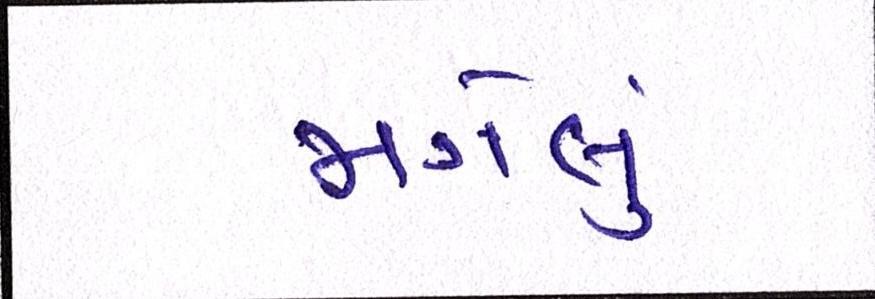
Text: જાગેલું